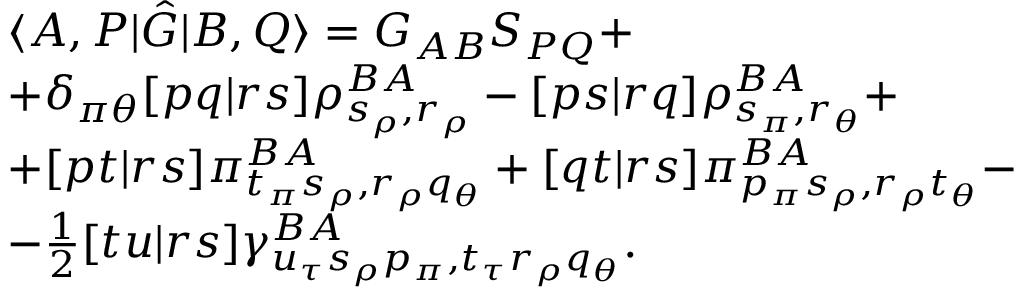
\begin{array} { r l } & { \langle A , P | \hat { G } | B , Q \rangle = G _ { A B } S _ { P Q } + } \\ & { + \delta _ { \pi \theta } [ p q | r s ] \rho _ { s _ { \rho } , r _ { \rho } } ^ { B A } - [ p s | r q ] \rho _ { s _ { \pi } , r _ { \theta } } ^ { B A } + } \\ & { + [ p t | r s ] \pi _ { t _ { \pi } s _ { \rho } , r _ { \rho } q _ { \theta } } ^ { B A } + [ q t | r s ] \pi _ { p _ { \pi } s _ { \rho } , r _ { \rho } t _ { \theta } } ^ { B A } - } \\ & { - \frac { 1 } { 2 } [ t u | r s ] \gamma _ { u _ { \tau } s _ { \rho } p _ { \pi } , t _ { \tau } r _ { \rho } q _ { \theta } } ^ { B A } . } \end{array}